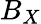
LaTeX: B_{X}